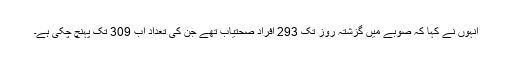
انہوں نے کہا کہ صوبے میں گزشتہ روز تک 293 افراد صحتیاب تھے جن کی تعداد اب 309 تک پہنچ چکی ہے۔